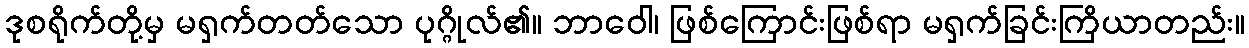
ဒုစရိုက်တို့မှ မရှက်တတ်သော ပုဂ္ဂိုလ်၏။ ဘာဝေါ၊ ဖြစ်ကြောင်းဖြစ်ရာ မရှက်ခြင်းကြိယာတည်း။